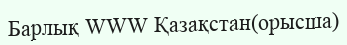
Барлық WWW Қазақстан(орысша)